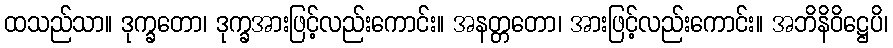
ထသည်သာ။ ဒုက္ခတော၊ ဒုက္ခအားဖြင့်လည်းကောင်း။ အနတ္တတော၊ အားဖြင့်လည်းကောင်း။ အဘိနိဝိဋ္ဌေပိ၊